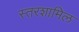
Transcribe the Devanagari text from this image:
स्तरशामिल